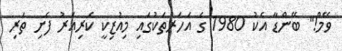
ވޭމް!" ބޭންޑާ އެކު 1980 ގެ އަހަރުތަކުގައި މިއުޒިކީ ކެރިއަރު ފެށި ތަރި